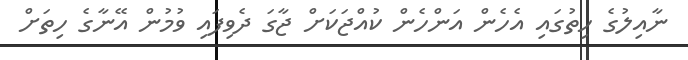
ނާއިލުގެ ހިތުގައި އެހެން އަންހެން ކުއްޖަކަށް ޖާގަ ދެވިފައި ވުމުން އޭނާގެ ހިތަށް